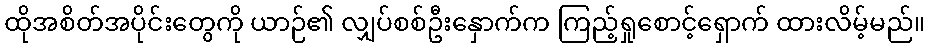
ထိုအစိတ်အပိုင်းတွေကို ယာဉ်၏ လျှပ်စစ်ဦးနှောက်က ကြည့်ရှုစောင့်ရှောက် ထားလိမ့်မည်။